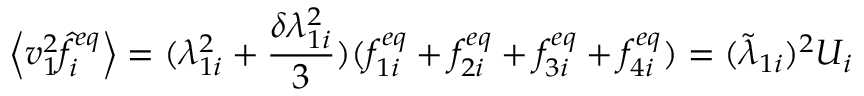
\left\langle v _ { 1 } ^ { 2 } \hat { f } _ { i } ^ { e q } \right\rangle = ( \lambda _ { 1 i } ^ { 2 } + \frac { \delta \lambda _ { 1 i } ^ { 2 } } { 3 } ) ( f _ { 1 i } ^ { e q } + f _ { 2 i } ^ { e q } + f _ { 3 i } ^ { e q } + f _ { 4 i } ^ { e q } ) = ( \widetilde { \lambda } _ { 1 i } ) ^ { 2 } U _ { i }